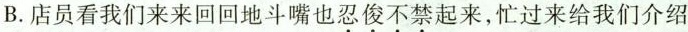
B.店员看我们来来回回地斗嘴也忍俊不禁起来，忙过来给我们介绍